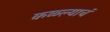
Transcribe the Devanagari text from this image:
कळल्याचं